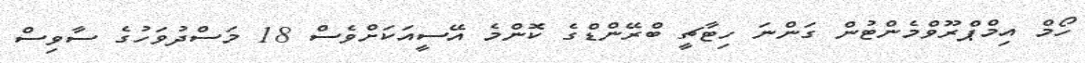
ހޯމް އިމްޕްރޫވްމެންޓުން ގަންނަ ހިޓާޗީ ބްރޭންޑްގެ ކޮންމެ އޭސީއަކަށްވެސް 18 މަސްދުވަހުގެ ސާވިސް